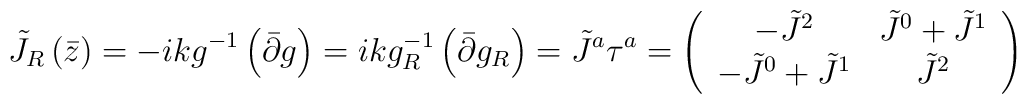
\tilde{J}_{R}\left( \bar{z}\right) =-ikg^{-1}\left( \bar{\partial}g\right)=ikg_{R}^{-1}\left( \bar{\partial}g_{R}\right) =\tilde{J}^{a}\tau^{a}=\left(\begin{array}{cc}-\tilde{J}^{2} & \tilde{J}^{0}+\tilde{J}^{1} \\-\tilde{J}^{0}+\tilde{J}^{1} & \tilde{J}^{2}\end{array}\right)